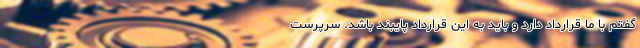
گفتم با ما قرارداد دارد و باید به این قرارداد پایبند باشد. سرپرست